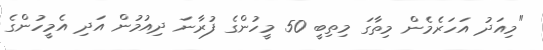
"މިއަދު އަހަރެމެން މިތާގަ މިތިބީ 50 މީހުންގެ ފުރާނަ ދިއުމުން އަދި އެމީހުންގެ